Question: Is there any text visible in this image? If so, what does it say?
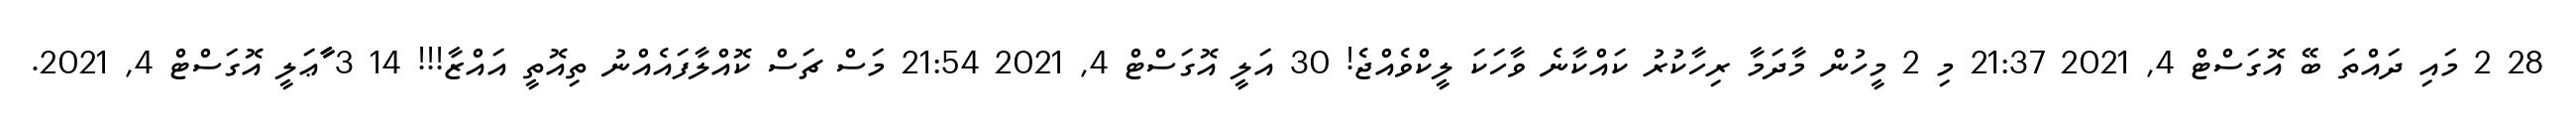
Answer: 28 2 މައި ދައްތަ ބޭ އޮގަސްޓް 4, 2021 21:37 މި 2 މީހުން މާދަމާ ރިހާކުރު ކައްކާނެ ވާހަކަ ލީކްވެއްޖެ! 30 އަލީ އޮގަސްޓް 4, 2021 21:54 މަސް ޗަސް ކޮއްލާފައެއްނު ތިއޮތީ އައްޒާ!!! 14 3 ާާާޢަލީ އޮގަސްޓް 4, 2021.